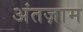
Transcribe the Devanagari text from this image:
अंतज़ाम